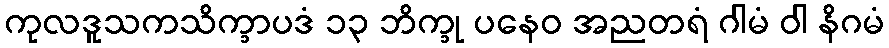
ကုလဒူသကသိက္ခာပဒံ ၁၃ ဘိက္ခု ပနေဝ အညတရံ ဂါမံ ဝါ နိဂမံ